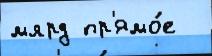
млрд пр'ямо́е